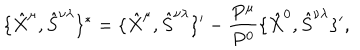
\{ \hat { X } ^ { \mu } , \hat { S } ^ { \nu \lambda } \} ^ { * } = \{ \hat { X } ^ { \mu } , \hat { S } ^ { \nu \lambda } \} ^ { \prime } - \frac { P ^ { \mu } } { P ^ { 0 } } \{ \hat { X } ^ { 0 } , \hat { S } ^ { \nu \lambda } \} ^ { \prime } ,